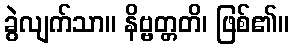
ခွဲလျက်သာ။ နိဗ္ဗတ္တတိ၊ ဖြစ်၏။